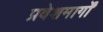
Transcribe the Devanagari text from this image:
प्रवेशमार्गों